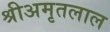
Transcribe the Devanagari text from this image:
श्रीअमृतलाल